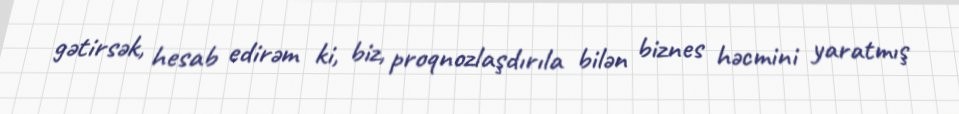
gətirsək, hesab edirəm ki, biz, proqnozlaşdırıla bilən biznes həcmini yaratmış